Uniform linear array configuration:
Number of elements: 48
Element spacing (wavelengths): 1
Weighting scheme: kaiser
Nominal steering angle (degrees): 60
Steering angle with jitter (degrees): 59.043
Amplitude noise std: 0.05
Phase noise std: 0.05

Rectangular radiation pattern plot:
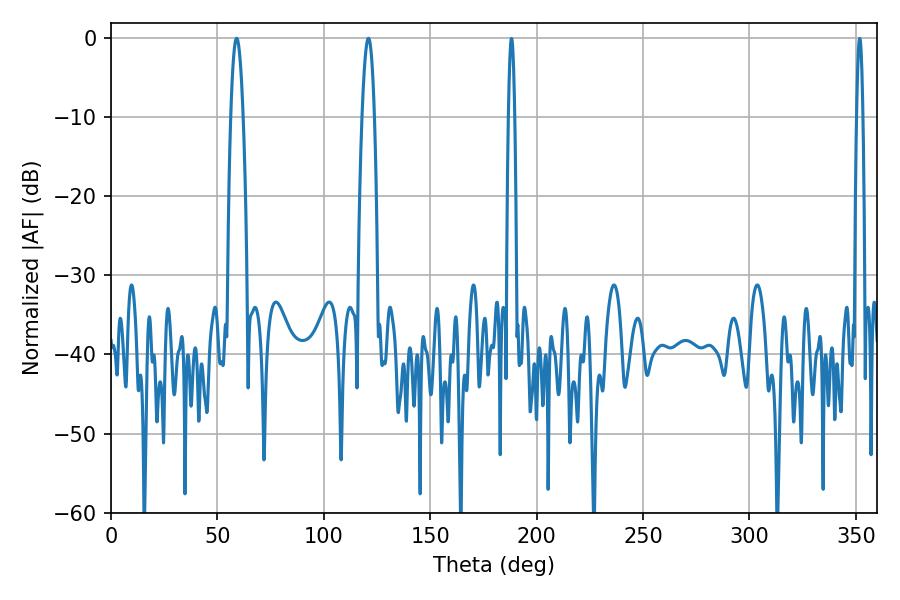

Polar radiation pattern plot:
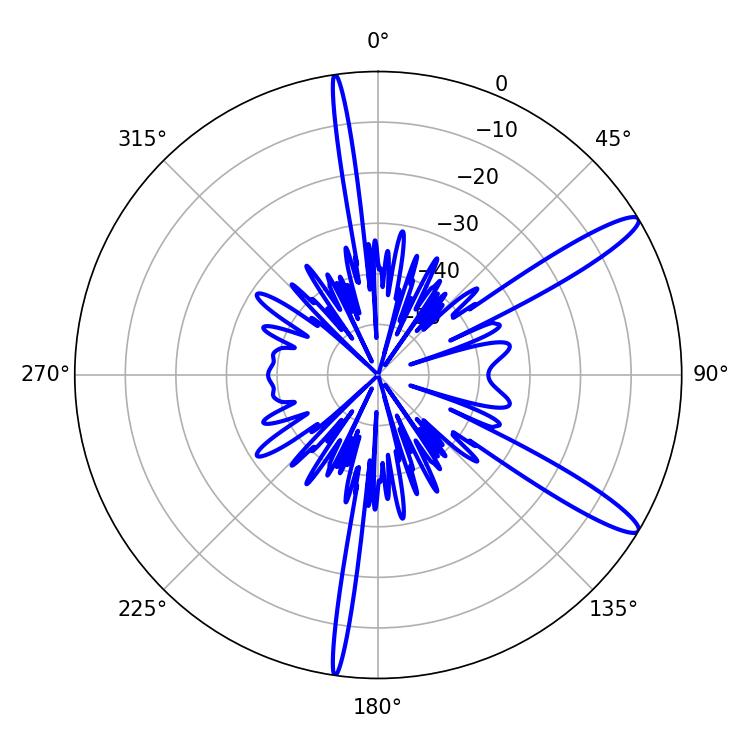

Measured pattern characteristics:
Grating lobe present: TRUE
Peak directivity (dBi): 13.22
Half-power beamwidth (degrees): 3.24
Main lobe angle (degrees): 59.04